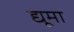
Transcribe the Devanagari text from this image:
द्यूमा